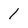
Character: 1